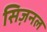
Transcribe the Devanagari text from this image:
सिज़नल